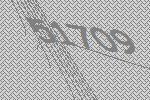
51709